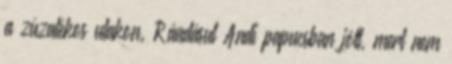
a zúzalékos utakon. Ráadásul Andi papucsban jött, mert nem